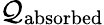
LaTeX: \mathcal{Q}_{\mathrm{{absorbed}}}